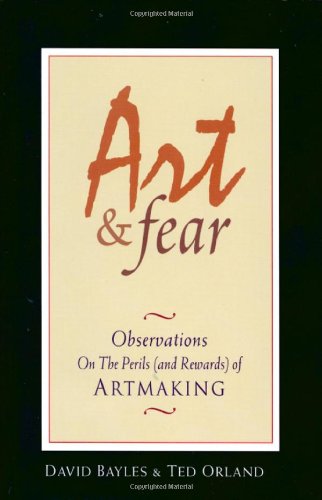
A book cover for Art & Fear: Observations On the Perils (and Rewards) of Artmaking; David Bayles; Arts & Photography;